Lunatic asylums in Bengal annual reports 1888-1898 - 1888-1898
Year: 1888
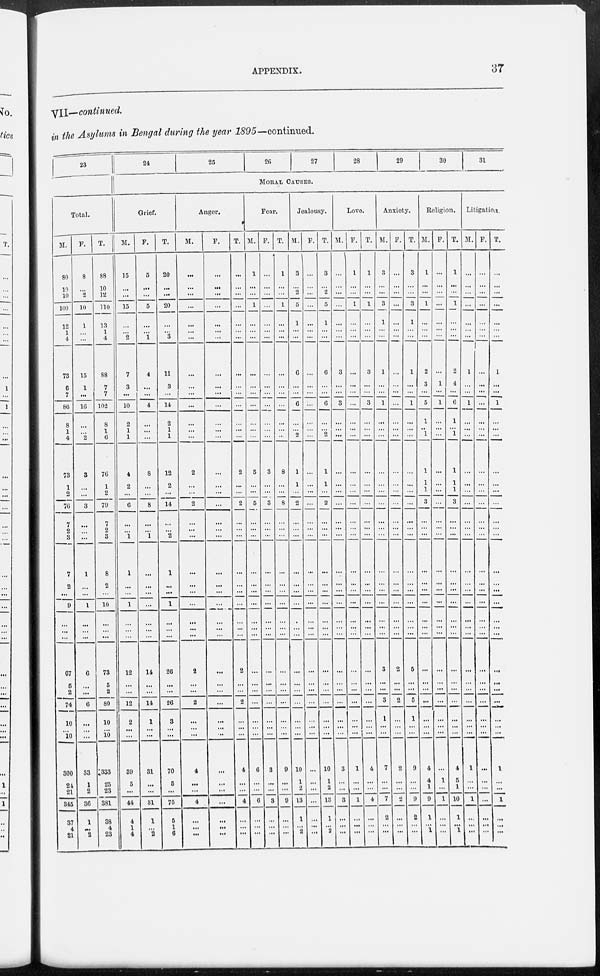
APPENDIX.
37
VII—continued.
in the Asylums in Bengal during the year 1895—continued.
23
Total.
M.
80
10
10
100
12
1
4
73
6
7
86
8
1
4
73
1
2
76
7
2
3
7
2
...
9
...
...
...
...
67
5
2
74
10
...
10
300
24
21
345
37
4
21
F.
8
...
2
10
1
...
...
15
1
...
16
...
...
2
3
...
...
3
...
...
...
1
...
...
1
...
...
...
...
6
...
...
6
...
...
...
33
1
2
36
1
...
2
T.
88
10
12
110
13
1
4
88
7
7
102
8
1
6
76
1
2
79
7
2
3
8
2
...
10
...
...
...
...
73
5
2
80
10
...
10
333
25
23
381
38
4
23
24
25
26
27
28
29
30
31
MORAL CAUSES.
Grief.
M.
15
...
...
15
...
...
2
7
3
...
10
2
1
1
4
2
...
6
...
...
1
1
...
...
1
...
...
...
...
12
...
...
12
2
...
...
39
5
...
44
4
1
4
F.
5
...
...
5
...
...
1
4
...
...
4
...
...
...
8
...
...
8
...
...
1
...
...
...
...
...
...
...
...
14
...
...
14
1
...
...
31
...
...
31
1
...
2
T.
20
...
...
20
...
...
3
11
3
...
14
2
1
1
12
2
...
14
...
...
2
1
...
...
1
...
...
...
...
26
...
...
26
3
...
...
70
5
...
75
5
1
6
Anger.
M.
...
...
...
...
...
...
...
...
...
...
...
...
...
...
2
...
...
2
...
...
...
...
...
...
...
...
...
...
...
2
...
...
2
...
...
...
4
...
...
4
...
...
...
F.
...
...
...
...
...
...
...
...
...
...
...
...
...
...
...
...
...
...
...
...
...
...
...
...
...
...
...
...
...
...
...
...
...
...
...
..
...
...
...
...
...
...
...
T.
...
...
...
...
...
...
...
...
...
...
...
...
...
...
2
...
...
2
...
...
...
...
...
...
...
...
...
...
...
2
...
...
2
...
...
...
4
...
...
4
...
...
...
Fear.
M.
1
...
...
1
...
...
...
...
...
...
...
...
...
...
5
...
...
5
...
...
...
...
...
...
...
...
...
...
...
...
...
...
...
...
...
...
6
...
...
6
...
...
...
F.
...
...
...
...
...
...
...
...
...
...
...
...
...
...
3
...
...
3
...
...
...
...
...
...
...
...
...
...
...
...
...
...
...
...
...
...
3
...
...
3
...
...
...
T.
1
...
...
1
...
...
...
...
...
...
...
...
...
...
8
...
...
8
...
...
...
...
...
...
...
...
...
...
...
...
...
...
...
...
...
...
9
...
...
9
...
...
...
Jealousy.
M.
3
...
2
5
1
...
...
6
...
...
6
...
...
2
1
1
...
2
...
...
...
...
...
...
...
...
...
...
...
...
...
...
...
...
...
...
10
1
2
13
1
...
2
F.
...
...
...
...
...
...
...
...
...
...
...
...
...
...
...
...
...
...
...
...
...
...
...
...
...
...
...
...
...
...
...
...
...
...
...
...
...
...
...
...
...
...
...
T.
3
...
2
5
1
...
...
6
...
...
6
...
...
2
1
1
...
2
...
...
...
...
...
...
...
...
...
...
...
...
...
...
...
...
...
...
10
1
2
13
1
...
2
Love.
M.
...
...
...
...
...
...
...
3
...
...
3
...
...
...
...
...
...
...
...
...
...
...
...
...
...
...
...
...
...
...
...
...
...
...
...
...
3
...
...
3
...
...
...
F.
1
...
...
1
...
...
...
...
...
...
...
...
...
...
...
...
...
...
...
...
...
...
...
...
...
...
...
...
...
...
...
...
...
...
...
...
1
...
...
1
...
...
...
T.
1
...
...
1
...
...
3
...
...
3
...
...
...
...
...
...
...
...
...
...
...
...
...
...
...
...
...
...
...
...
...
...
...
...
...
4
...
...
4
...
...
Anxiety.
M.
3
...
...
3
1
...
...
1
...
...
1
...
...
...
...
...
...
...
...
...
...
...
...
...
...
...
...
...
...
3
...
...
3
1
...
...
7
...
...
7
2
...
...
F.
...
...
...
...
...
...
...
...
...
...
...
...
...
...
...
...
...
...
...
...
...
...
...
...
...
...
...
...
...
2
...
...
2
...
...
...
2
...
...
2
...
...
T.
3
...
...
3
1
...
...
1
...
...
1
...
...
...
...
...
...
...
...
...
...
...
...
...
...
...
...
...
...
5
...
...
5
1
...
...
9
...
...
9
2
...
...
Religion.
M.
1
...
...
1
...
...
...
2
3
...
5
1
..
1
1
1
1
3
...
...
...
...
...
...
...
...
...
...
...
...
...
...
...
...
...
...
4
4
1
9
1
...
1
F.
...
...
...
...
...
...
...
...
1
...
1
...
...
...
...
...
...
...
...
...
...
...
...
...
...
...
...
...
...
...
...
...
...
...
...
...
1
...
1
...
...
...
T.
1
...
...
1
...
...
...
2
4
...
6
1
...
1
1
1
1
3
...
...
...
...
...
...
...
...
...
...
...
...
...
...
...
...
...
...
4
5
1
10
1
...
1
Litigation.
M.
...
...
...
...
...
...
...
1
...
...
1
...
...
...
...
...
...
...
...
...
...
...
...
...
...
...
...
...
...
...
...
...
...
...
...
...
1
...
...
1
...
...
...
F.
...
...
...
...
...
...
...
...
...
...
...
...
...
...
...
...
...
...
...
...
...
...
...
...
...
...
...
...
...
...
...
...
...
...
...
...
...
...
...
...
...
...
...
T.
...
...
...
...
...
...
...
1
...
...
1
...
...
...
...
...
...
...
...
...
...
...
...
...
...
...
...
...
...
...
...
...
...
...
...
...
1
...
...
1
...
...
...